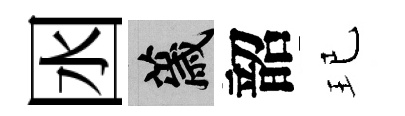
囦薉韶玘